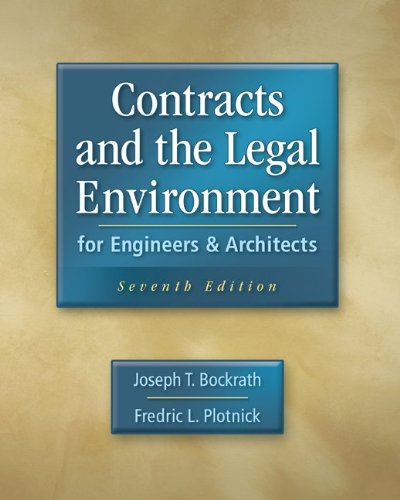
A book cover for Contracts and the Legal Environment for Engineers and Architects; Joseph Bockrath; Law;